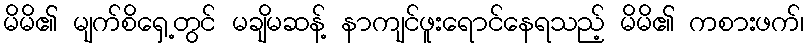
မိမိ၏ မျက်စိရှေ့တွင် မချိမဆန့် နာကျင်ဖူးရောင်နေရသည့် မိမိ၏ ကစားဖက်၊